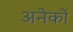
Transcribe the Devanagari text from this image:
अनेेकों